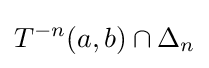
T^{-n}(a,b)\cap \Delta _{n}